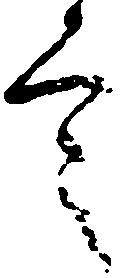
言